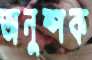
অনুষ্পক